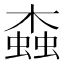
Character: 螙